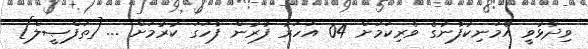
ވިދާޅުވީ އެމަނިކުފާނުގެ ވެރިކަމަށް 04 އަހަރު ފުރުން ފާހަގަ ކުރުމަށް ... [ތަފްޞީލް]